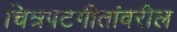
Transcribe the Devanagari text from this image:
चित्रपटगीतांवरील